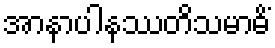
အာနာပါနဿတိသမာဓိံ